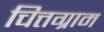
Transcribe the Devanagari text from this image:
चित्तग्राम